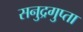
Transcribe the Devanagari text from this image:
सनुद्रगुप्ता